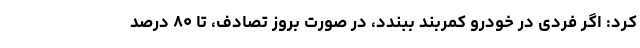
کرد: اگر فردی در خودرو کمربند ببندد، در صورت بروز تصادف، تا ۸۰ درصد